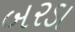
બરડા